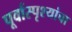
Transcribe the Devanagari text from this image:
पूर्वास्पृश्यांचा